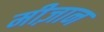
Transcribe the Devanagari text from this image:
मीज़ान